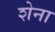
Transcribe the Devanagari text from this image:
शेना